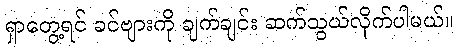
ရှာတွေ့ရင် ခင်ဗျားကို ချက်ချင်း ဆက်သွယ်လိုက်ပါမယ်။